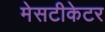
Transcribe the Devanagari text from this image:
मेसटीकेटर